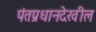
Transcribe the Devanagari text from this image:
पंतप्रधानदेखील